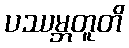
ပဿမ္ဘတူတိ